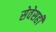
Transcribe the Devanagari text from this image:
सेवेसही